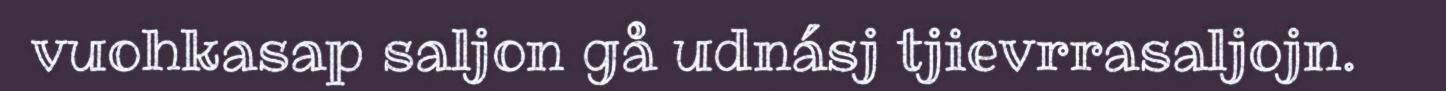
vuohkasap saljon gå udnásj tjievrrasaljojn.